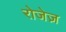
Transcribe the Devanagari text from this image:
रोजेज़